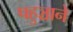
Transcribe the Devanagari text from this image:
पहुञ्चाने